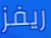
ريفز